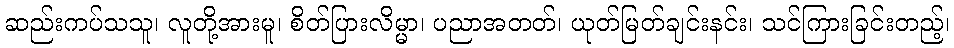
ဆည်းကပ်သသူ၊ လူတို့အားမူ၊ စိတ်ပြားလိမ္မာ၊ ပညာအတတ်၊ ယုတ်မြတ်ချင်းနင်း၊ သင်ကြားခြင်းတည့်၊